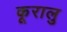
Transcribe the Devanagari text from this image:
कूरालु